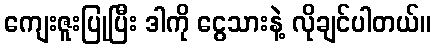
ကျေးဇူးပြုပြီး ဒါကို ငွေသားနဲ့ လိုချင်ပါတယ်။